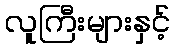
လူကြီးများနှင့်